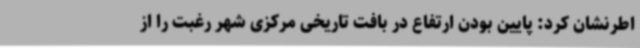
اطرنشان کرد: پایین بودن ارتفاع در بافت تاریخی مرکزی شهر رغبت را از